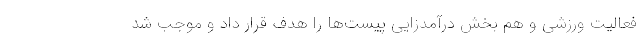
فعالیت ورزشی و هم بخش درآمدزایی پیست‌ها را هدف قرار داد و موجب شد